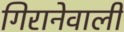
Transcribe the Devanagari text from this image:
गिरानेवाली